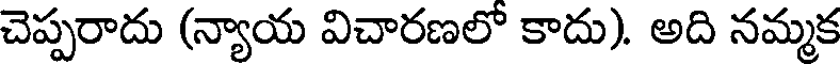
చెప్పరాదు (న్యాయ విచారణలో కాదు). అది నమ్మక